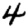
Digit: 4